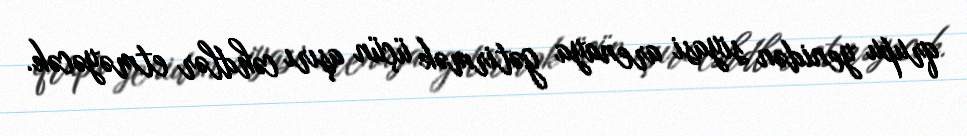
qrupu yenidən siyasi arenaya gətirmək üçün aşırı cəhdlər etməyəcək.